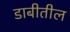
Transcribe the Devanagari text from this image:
डाबीतील